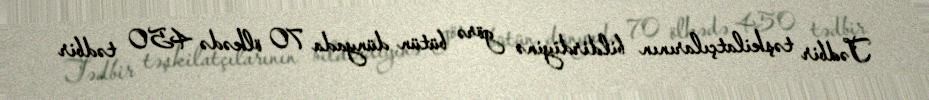
Tədbir təşkilatçılarının bildirdiyinə görə bütün dünyada 70 ölkədə 450 tədbir